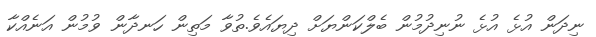
ނިދަން އުޅެ އުޅެ ނުނިދުމުން ބެލްކަންޔަށް ދިޔައެވެ.ތުވާ މަތިން ހަނދާން ވުމުން އަނެއްކާ